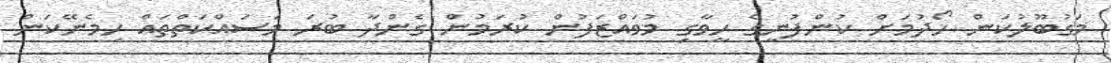
މަގުބޫލުކަން ހޯދުމަށް ކުންފުނީގެ ހީވާގި މުވައްޒަފުން ކުރަމުން ގެންދާ ބުރަ މަސައްކަތްތައް ހިމެނޭކަން